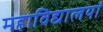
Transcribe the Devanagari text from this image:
महाविद्यालयां